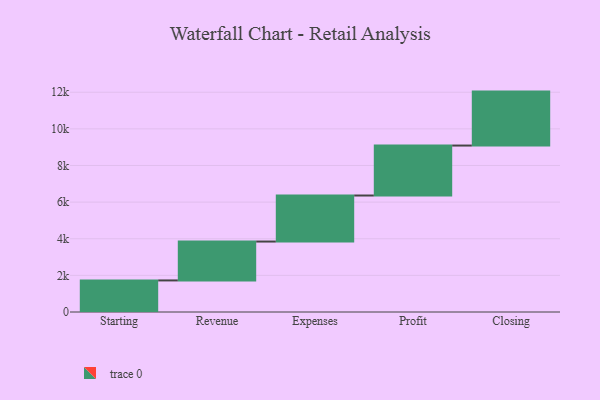
{"axis": {"x": "Step", "y": "Value"}, "legend": [""], "data": [{"x": "Starting", "y": 1724.0, "type": ""}, {"x": "Revenue", "y": 2123.0, "type": ""}, {"x": "Expenses", "y": 2514.0, "type": ""}, {"x": "Profit", "y": 2728.0, "type": ""}, {"x": "Closing", "y": 2946.0, "type": ""}]}